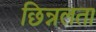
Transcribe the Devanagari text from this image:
छिन्नलता